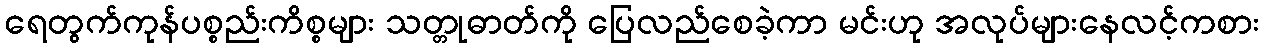
ရေတွက်ကုန်ပစ္စည်းကိစ္စများ သတ္တုဓာတ်ကို ပြေလည်စေခဲ့ကာ မင်းဟု အလုပ်များနေလင့်ကစား